Lyperosia minuta, Bezzi - Number 59
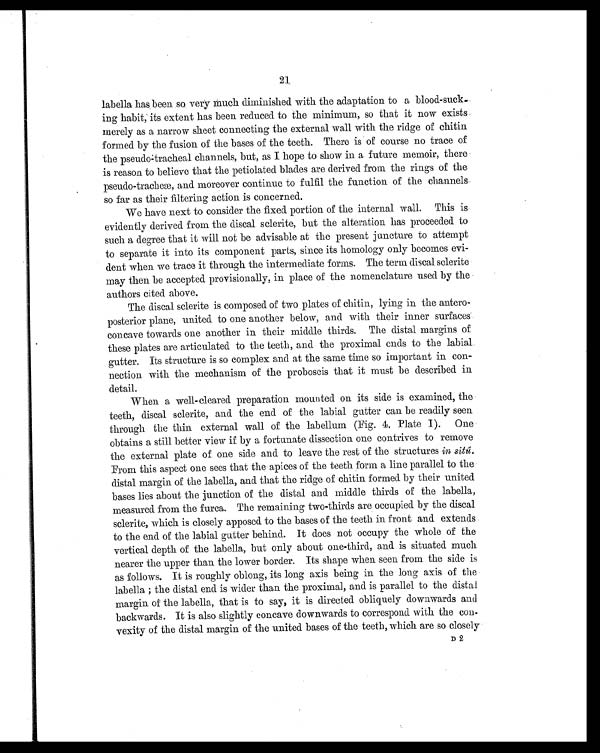
21
labella has been so very much diminished with the adaptation to a blood-suck
ing habit, its extent has been reduced to the minimum, so that it now exists
merely as a narrow sheet connecting the external wall with the ridge of chitin
formed by the fusion of the bases of the teeth. There is of course no trace of
the pseudo-tracheal channels, but, as I hope to show in a future memoir, there
is reason to believe that the petiolated blades are derived from the rings of the
p s e u d o - t r a c h e æ , a n d m o r e o v e r c o n t i n u e t o f u l f i l t h e f u n c t i o n o f t h e c h a n n e l s
so far as their filtering action is concerned.
We have next to consider the fixed portion of the internal wall. This is
evi dentl y deri ved from the di scal scl eri te, but the al terati on has proceeded to
such a degree that it will not be advisable at the present juncture to attempt
to separate it into its component parts, since its homology only becomes evi-
dent when we trace it through the intermediate forms. The term discal sclerite
may then be accepted provisionally, in place of the nomenclature used by the
authors cited above.
The discal sclerite is composed of two plates of chitin, lying in the antero
- p o s t e r i o r p l a n e , u n i t e d t o o n e a n o t h e r b e l o w , a n d w i t h t h e i r i n n e r s u r f a c e s
concave towards one another in their middle thirds. The distal margins of
these plates are articulated to the teeth, and the proximal ends to the labial.
gutter. Its structure is so complex and at the same time so important in con
- n e c t i o n w i t h t h e m e c h a n i s m o f t h e p r o b o s c i s t h a t i t m u s t b e d e s c r i b e d i n
detail.
When a well-cleared preparation mounted on its side is examined, the
teeth, discal sclerite, and the end of the labial gutter can be readily seen
through the thin external wall of the labellum (Fig. 4, Plate I). One
obtains a still better view if by a fortunate dissection one contrives to remove
the external plate of one side and to leave the rest of the structures in sitû.
From this aspect one sees that the apices of the teeth form a line parallel to the
distal margin of the labella, and that the ridge of chitin formed by their united
bases lies about the junction of the distal and middle thirds of the labella,
measured from the furca. The remaining two-thirds are occupied by the discal
sclerite, which is closely apposed to the bases of the teeth in front and extends
to the end of the labial gutter behind. It does not occupy the whole of the
vertical depth of the labella, but only about one-third, and is situated much
nearer the upper than the lower border. Its shape when seen from the side is
as follows. It is roughly oblong, its long axis being in the long axis of the
labella ; the distal end is wider than the proximal, and is parallel to the distal
margin of the labella, that is to say, it is directed obliquely downwards and
backwards. It is also slightly concave downwards to correspond with the con
- v e x i t y o f t h e d i s t a l m a r g i n o f t h e u n i t e d b a s e s o f t h e t e e t h , w h i c h a r e s o c l o s e l y
D 2